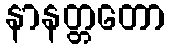
နာနတ္တတော